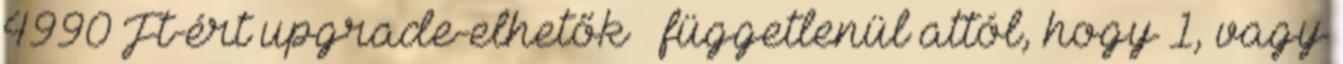
4990 Ft-ért upgrade-elhetők – függetlenül attól, hogy 1, vagy